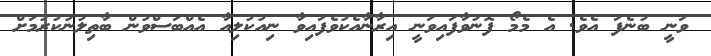
ވަނީ ބުނެފަ އެވެ. އެ މެމޯ ފޮނުވާފައިވަނީ އިރާނާއެކުވެފައިވާ ނިއުކުލިއާ އެއްބަސްވުން ބާތިލުނުކުރުމަށް